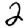
Digit: 2